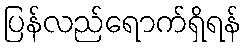
ပြန်လည်ရောက်ရှိရန်